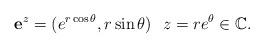
LaTeX: \begin{align*} \mathbf{e}^z=(e^{r\cos \theta },r\sin\theta )\ \ z=re^\theta \in \mathbb{C}. \end{align*}